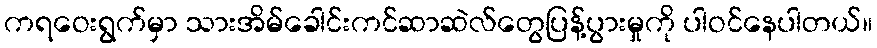
ကရဝေးရွက်မှာ သားအိမ်ခေါင်းကင်ဆာဆဲလ်တွေပြန့်ပွားမှုကို ပါဝင်နေပါတယ်။